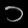
Digit: ၁